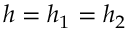
h = h _ { 1 } = h _ { 2 }